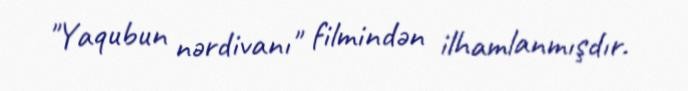
"Yaqubun nərdivanı" filmindən ilhamlanmışdır.